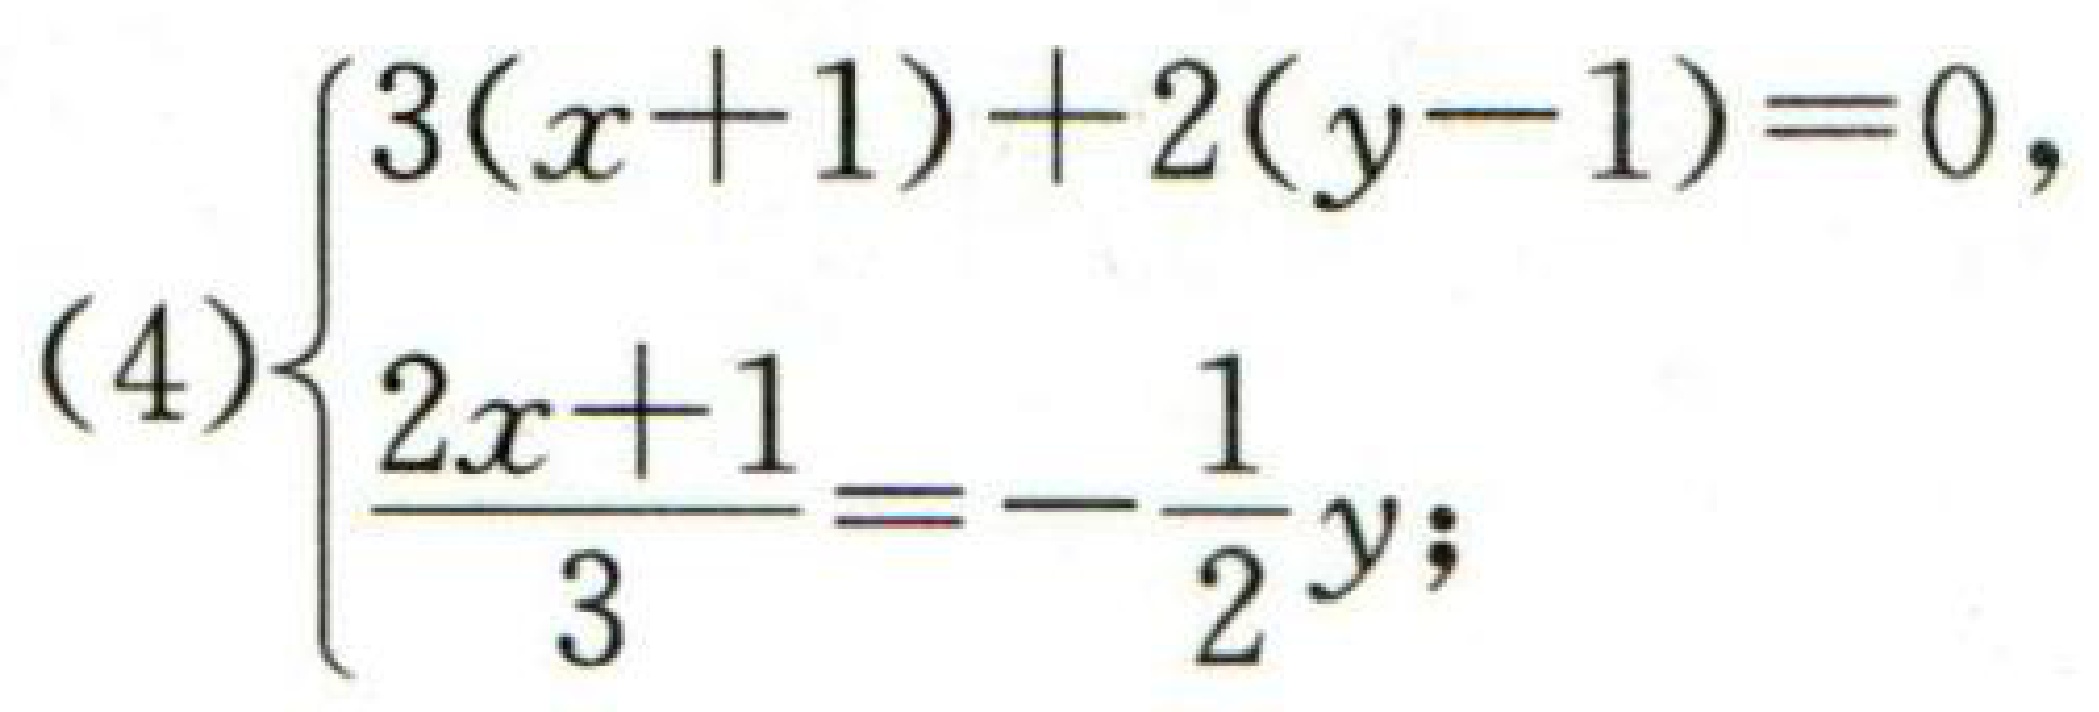
\[(4)\begin{cases}3(x + 1)+2(y - 1)=0\\\dfrac{2x + 1}{3}=-\dfrac{1}{2}y\end{cases}\]